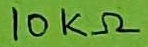
Text: 10KΩ